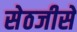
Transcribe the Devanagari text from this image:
सेठजीसे